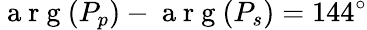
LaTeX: \mathrm{~a~r~g~}(P_{p})-\mathrm{~a~r~g~}(P_{s})=144^{\circ}